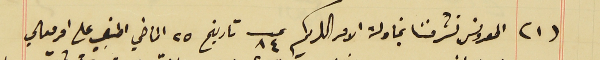
(١) المعروض تشرفنا بمناولة الامر الكريم عدد ٨٤ تاريخ ٢٥ الماضي المبني على امر معالي